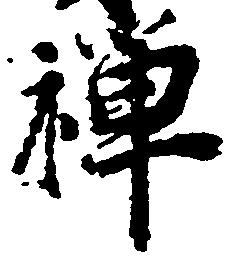
禅